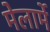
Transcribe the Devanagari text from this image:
मेलार्मे